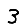
Digit: 3